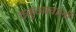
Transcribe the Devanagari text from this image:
टकुआवाली